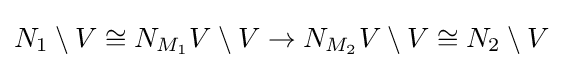
N_{1}\setminus V\cong N_{M_{1}}V\setminus V\to N_{M_{2}}V\setminus V\cong N_{2}\setminus V